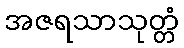
အဇရသာသုတ္တံ